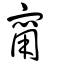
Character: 寗